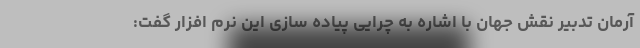
آرمان تدبیر نقش جهان با اشاره به چرایی پیاده سازی این نرم افزار گفت: